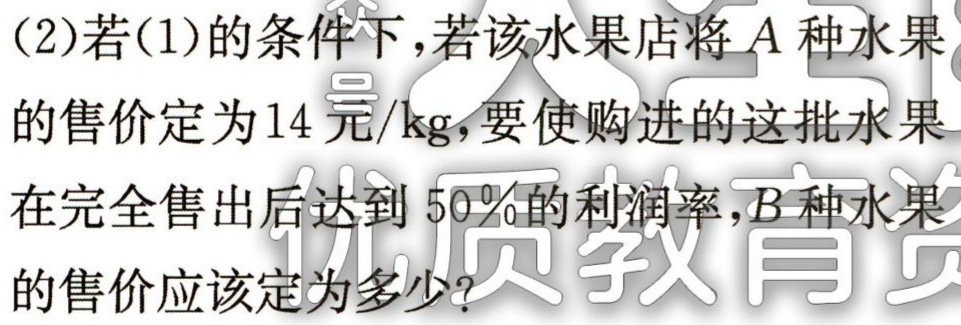
(2)若(1)的条件下，若该水果店将\(A\)种水果的售价定为\(14\) 元\(/\text{kg}\)，要使购进的这批水果在完全售出后达到 \(50\%\)的利润率，\(B\)种水果的售价应该定为多少？